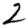
Digit: 2